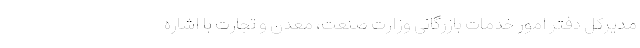
مدیرکل دفتر امور خدمات بازرگانی وزارت صنعت، معدن و تجارت با اشاره